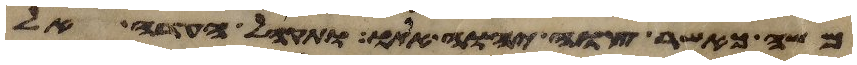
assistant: משה כאשר צוה יהוה אתו ותקהל העדה אל